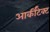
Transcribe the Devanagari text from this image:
आर्कीटेक्ट